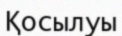
Қосылуы